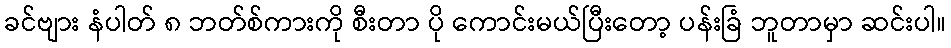
ခင်ဗျား နံပါတ် ၈ ဘတ်စ်ကားကို စီးတာ ပို ကောင်းမယ်ပြီးတော့ ပန်းခြံ ဘူတာမှာ ဆင်းပါ။